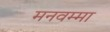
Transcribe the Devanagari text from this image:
मनवम्मा